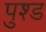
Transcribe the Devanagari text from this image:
पुश्ड